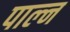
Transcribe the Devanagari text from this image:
पाल्न